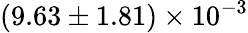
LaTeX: (9.63\pm 1.81)\times 10^{-3}